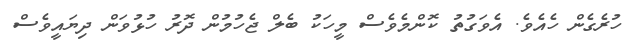
ހުރެގެން ހެއެވެ. އެވަގުތު ކޮންމެވެސް މީހަކު ބެލް ޖެހުމުން ދޮރު ހުޅުވަން ދިޔައީވެސް